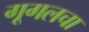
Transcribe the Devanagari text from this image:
गूगलचा